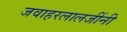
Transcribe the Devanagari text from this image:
जवाहरलालजींनी